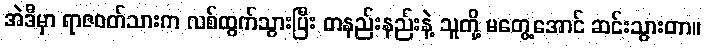
အဲဒီမှာ ရာဇဝတ်သားက လစ်ထွက်သွားပြီး တနည်းနည်းနဲ့ သူတို့ မတွေ့အောင် ဆင်းသွားတာ။